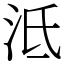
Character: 泜